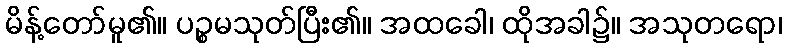
မိန့်တော်မူ၏။ ပဉ္စမသုတ်ပြီး၏။ အထခေါ၊ ထိုအခါ၌။ အသုတရော၊